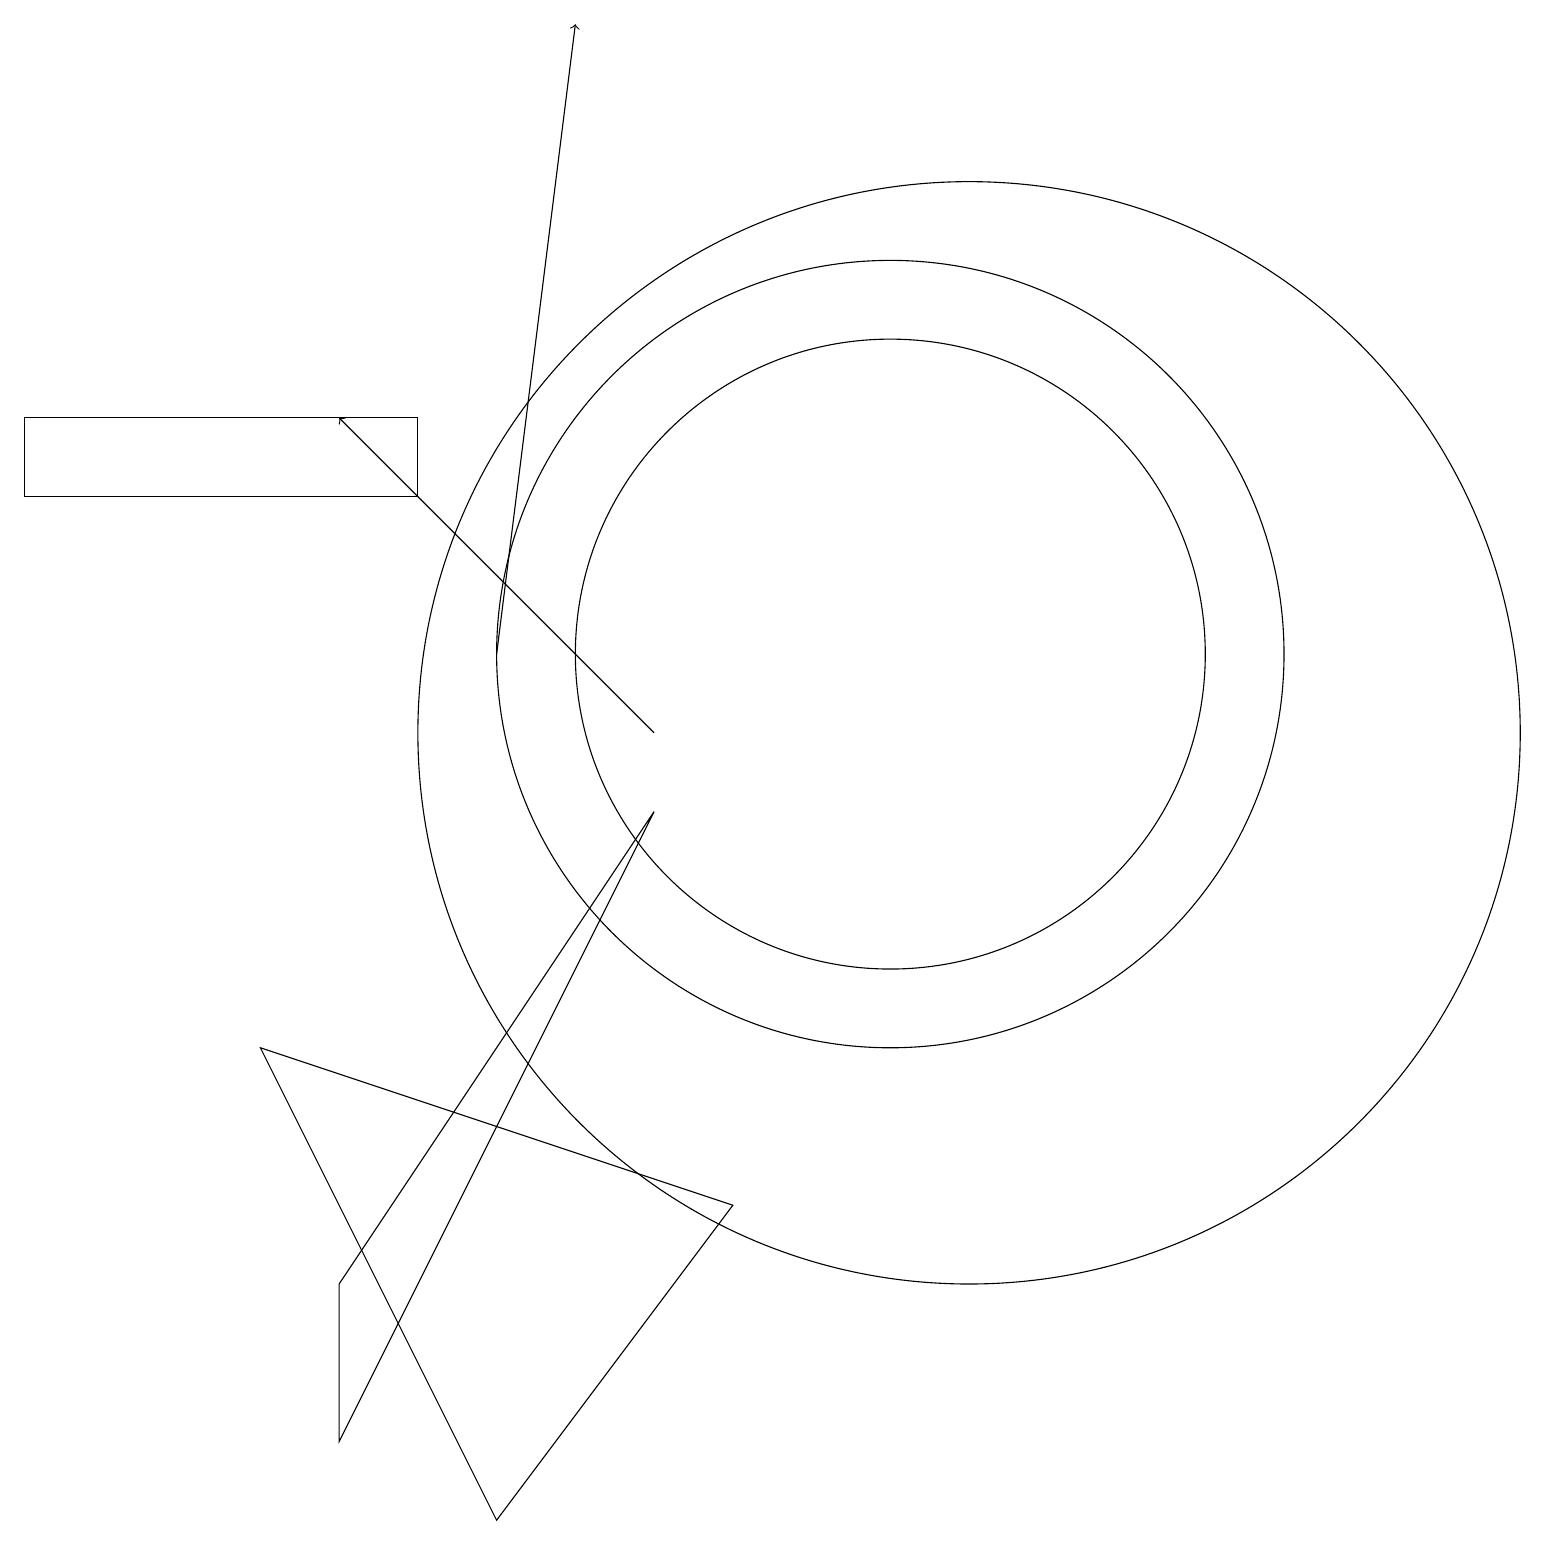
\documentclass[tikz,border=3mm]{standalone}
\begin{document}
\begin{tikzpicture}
\draw (11,11) circle (4);
\draw (11,11) circle (5);
\draw (8,9) -- (4,1) -- (4,3) -- cycle;
\draw (5,13) rectangle (0,14);
\draw[->] (6,11) -- (7,19);
\draw (3,6) -- (6,0) -- (9,4) -- cycle;
\draw (12,10) circle (7);
\draw[->] (8,10) -- (4,14);
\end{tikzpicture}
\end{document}